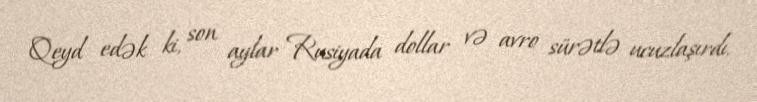
Qeyd edək ki, son aylar Rusiyada dollar və avro sürətlə ucuzlaşırdı.